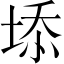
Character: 𡍞